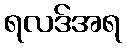
ရလဒ်အရ